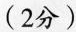
(2分)